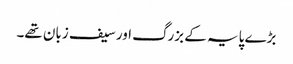
بڑے پایہ کے بزرگ اور سیف زبان تھے۔